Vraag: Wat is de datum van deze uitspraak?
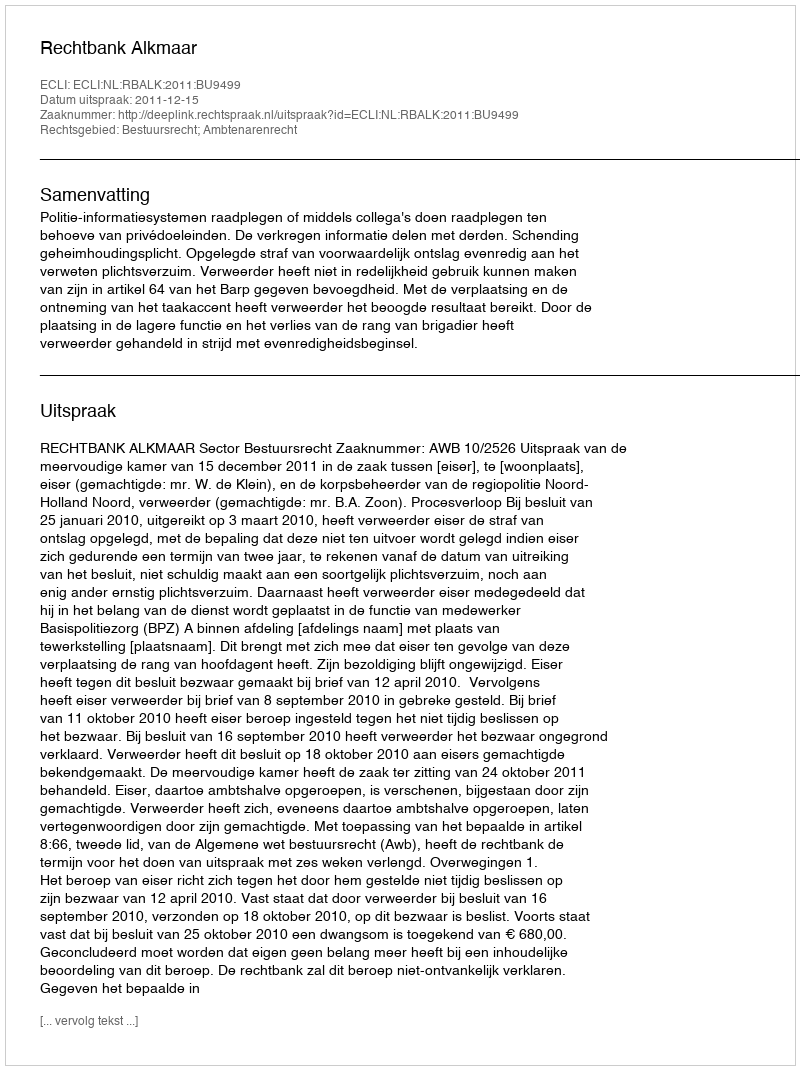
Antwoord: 2011-12-15